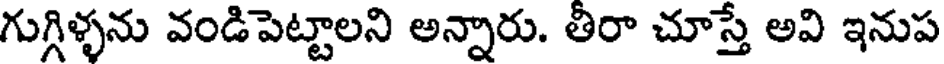
గుగ్గిళ్ళను వండిపెట్టాలని అన్నారు. తీరా చూస్తే అవి ఇనుప